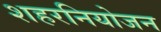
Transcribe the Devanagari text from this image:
शहरनियोजन